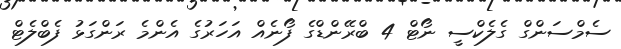
ސެމްސަންގް ގެލެކްސީ ނޯޓް 4 ބްރޭންޑްގެ ފޯނެއް އަހަރުގެ އެންމެ ރަންގަޅު ފެބްލެޓް